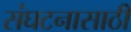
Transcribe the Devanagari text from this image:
संघटनासाठी